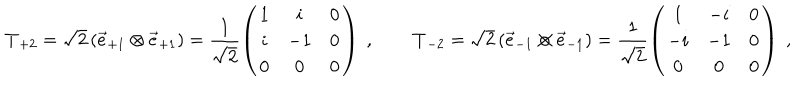
{ \bf T } _ { + 2 } = \sqrt { 2 } \left( { \vec { e } } _ { + 1 } \otimes { \vec { e } } _ { + 1 } \right) = \frac { 1 } { \sqrt { 2 } } \left( \begin{array} { c c c } { { 1 } } & { { i } } & { { 0 } } \\ { { i } } & { { - 1 } } & { { 0 } } \\ { { 0 } } & { { 0 } } & { { 0 } } \\ \end{array} \right) ~ , \quad \quad { \bf T } _ { - 2 } = \sqrt { 2 } \left( { \vec { e } } _ { - 1 } \otimes { \vec { e } } _ { - 1 } \right) = \frac { 1 } { \sqrt { 2 } } \left( \begin{array} { c c c } { { 1 } } & { { - i } } & { { 0 } } \\ { { - i } } & { { - 1 } } & { { 0 } } \\ { { 0 } } & { { 0 } } & { { 0 } } \\ \end{array} \right) ~ ,